Vaccine operations Central Provinces & Berar 1912-1920 - 1912-1920
Year: 1912
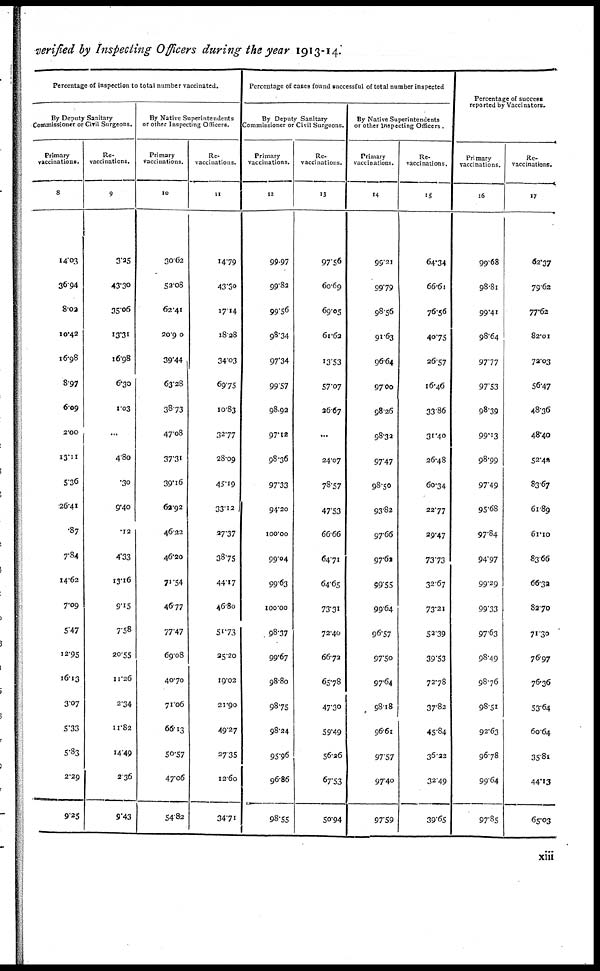
verified by Inspecting Officers during the year 1913-14.
Percentage of inspection to total number vaccinated.
By Deputy Sanitary
Commissioner or Civil Surgeons.
Primary
vaccinations.
8
14.03
36.94
8.02
10.42
16.98
8.97
6.09
2.00
13.11
5.36
26.41
.87
7.84
14.62
7.09
5.47
12.95
16.13
3.07
5.33
5.83
2.29
9.25
Re¬
vaccinations.
9
3.25
43.30
35.06
13.31
16.98
6.30
1.03
...
4.80
.30
9.40
.12
4.33
13.16
9.15
7.58
20.55
11.26
2.34
11.82
14.49
2.36
9.43
By Native Superintendents
or other Inspecting Officers.
Primary
vaccinations.
10
30.62
52.08
62.41
20.90
39.44
63.28
38.73
47.08
37.31
39.16
62.92
46.22
46.20
71.54
46.77
77.47
69.08
40.70
71.06
66.13
50.57
47.06
54.82
Re¬
vaccinations.
11
14.79
43.30
17.14
18.28
34.03
69.75
10.83
32.77
28.09
45.19
33.12
27.37
38.75
44.17
46.80
51.73
25.20
19.02
21.90
49.27
27.35
12.60
34.71
Percentage of cases found successful of total number inspected
By Deputy Sanitary
Commissioner or Civil Surgeons.
Primary
vaccinations.
12
99.97
99.82
99.56
98.34
97.34
99.57
98.92
97.12
98.36
97.33
94.20
100.00
99.04
99.63
100.00
98.37
99.67
98.80
98.75
98.24
95.96
96.86
98.55
Re¬
vaccinations.
13
97.56
60.69
69.05
61.62
13.53
57.07
26.67
...
24.07
78.57
47.53
66.66
64.71
64.65
73.31
72.40
66.72
65.78
47.30
59.49
56.26
67.53
50.94
By Native Superintendents
or other Inspecting Officers.
Primary
vaccinations.
14
99.21
99.79
98.56
91.63
96.64
97.00
98.26
98.32
97.47
98.50
93.82
97.66
97.62
99.55
99.64
96.57
97.50
97.64
98.18
96.61
97.57
97.40
97.59
Re¬
vaccinations.
15
64.34
66.61
76.56
40.75
26.57
16.46
33.86
31.40
26.48
60.34
22.77
29.47
73.73
32.67
73.21
52.39
39.53
72.78
37.82
45.84
36.22
32.49
39.65
Percentage of success
reported by Vaccinators.
Primary
vaccinations.
16
99.68
98.81
99.41
98.64
97.77
97.53
98.39
99.13
98.99
97.49
95.68
97.84
94.97
99.29
99.33
97.63
98.49
98.76
98.51
92.63
96.78
99.64
97.85
Re¬
vaccinations.
17
62.37
79.62
77.62
82.01
72.03
56.47
48.36
48.40
52.42
83.67
61.89
61.10
83.66
66.32
82.70
71.30
76.97
76.36
53.64
60.64
35.81
44.13
65.03
xiii